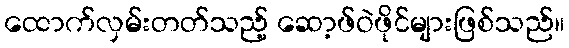
ထောက်လှမ်းတတ်သည့် ဆော့ဖ်ဝဲဖိုင်များဖြစ်သည်။